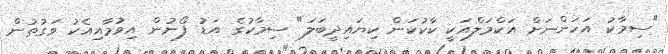
"ސިމާކު އަހަންނަށް އަކްމަލްއަކީ ކާކުކަން ކިޔައިދީބަލަ" ސިމާކުގެ އަޑު ފޯނުން އިވުމާއިއެކު ވަގުތުން